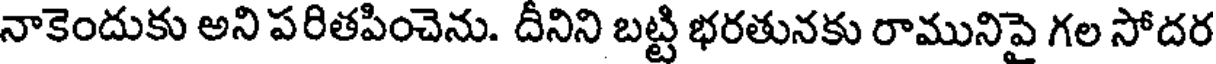
నాకెందుకు అని పరితపించెను. దీనిని బట్టి భరతునకు రామునిపై గల సోదర